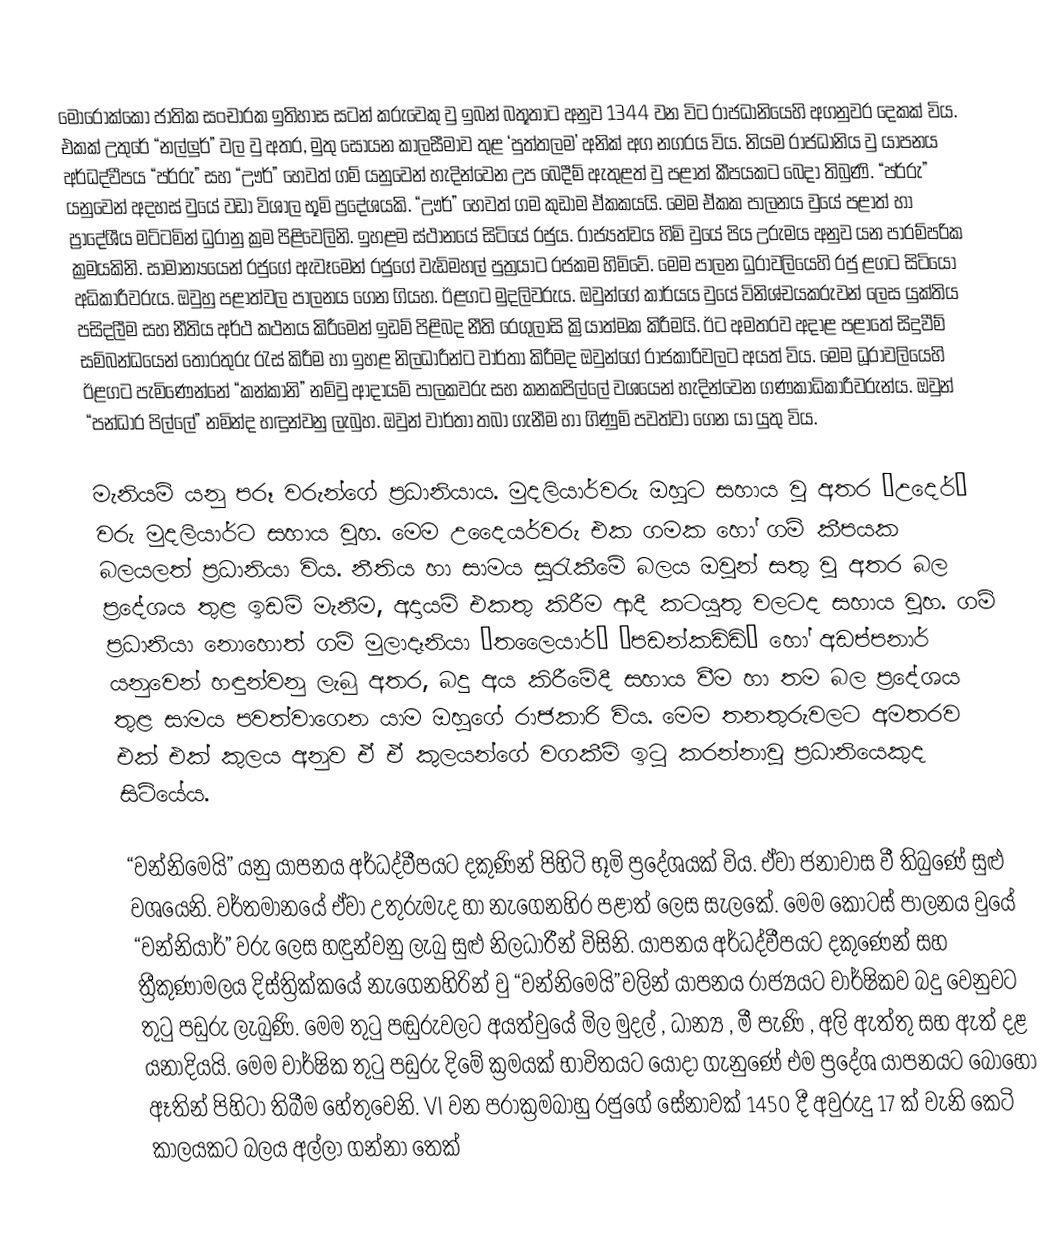
මොරොක්කෝ ජාතික සංචාරක ඉතිහාස සටන් කරුවෙකු වු ඉබන් බතූතාට අනුව 1344 වන විට රාජධානියෙහි අගනුවර දෙකක් විය. එකක් උතුරේ “නල්ලුර්” වල වු අතර, මුතු සොයන කාලසීමාව තුළ ‘පුත්තලම’ අනික් අග නගරය විය. නියම රාජධානිය වු යාපනය අර්ධද්වීපය “පර්රු” සහ “ඌර්” හෙවත් ගම් යනුවෙන් හැදින්වෙන උප බෙදීම් ඇතුළත් වු පළාත් කීපයකට බෙදා තිබුණි. “පර්රු” යනුවෙන් අදහස් වුයේ වඩා විශාල භූමි ප්‍රදේශයකි. “ඌර්” හෙවත් ගම කුඩාම ඒකකයයි. මෙම ඒකක පාලනය වුයේ පළාත් හා ප්‍රාදේශීය මට්ටමින් ධුරානු ක්‍රම පිළිවෙලිනි. ඉහළම ස්ථානයේ සිටියේ රජුය. රාජ්‍යත්වය හිමි වුයේ පිය උරුමය අනුව යන පාරම්පරික ක්‍රමයකිනි. සාමාන්‍යයෙන් රජුගේ ඇවෑමෙන් රජුගේ වැඩිමහල් පුත්‍රයාට රජකම හිමිවේ. මෙම පාලන ධුරාවලියෙහි රජු ළගට සිටියෝ අධිකාරීවරුය. ඔවුහු පළාත්වල පාලනය ගෙන ගියහ. ඊළගට මුදලිවරුය. ඔවුන්ගේ කාර්යය වුයේ විනිශ්චයකරුවන් ලෙස යුක්තිය පසිදලීම සහ නීතිය අර්ථ කථනය කිරීමෙන් ඉඩම් පිළිබද නීති රෙගුලාසි ක්‍රියාත්මක කිරීමයි. ඊට අමතරව අදාළ පළාතේ සිදුවීම් සම්බන්ධයෙන් තොරතුරු රැස් කිරීම හා ඉහළ නිලධාරීන්ට වාර්තා කිරීමද ඔවුන්ගේ රාජකාරිවලට අයත් විය. මෙම ධූරාවලියෙහි ඊළගට පැමිණෙන්නේ “කන්කානි” නම්වු ආදායම් පාලකවරු සහ කනකපිල්ලේ වශයෙන් හැදින්වෙන ගණකාධිකාරීවරුන්ය. ඔවුන් “පන්ධාර පිල්ලේ” නමින්ද හඳුන්වනු ලැබුහ. ඔවුන් වාර්තා තබා ගැනීම හා ගිණුම් පවත්වා ගෙන යා යුතු විය.

මැනියම් යනු පරූ වරුන්ගේ ප්‍රධානියාය. මුදලියාර්වරු ඔහුට සහාය වු අතර “උදෙර්” වරු මුදලියාර්ට සහාය වුහ. මෙම උදෛයර්වරු එක ගමක හෝ ගම් කීපයක බලයලත් ප්‍රධානියා විය. නීතිය හා සාමය සුරැකීමේ බලය ඔවුන් සතු වු අතර බල ප්‍රදේශය තුළ ඉඩම් මැනීම, අදායම් එකතු කිරීම ආදී කටයුතු වලටද සහාය වුහ. ගම් ප්‍රධානියා නොහොත් ගම් මුලාදෑනියා “තලෛයාර්” “පඩන්කඩ්ඩි” හෝ අඩප්පනාර් යනුවෙන් හඳුන්වනු ලැබු අතර, බදු අය කිරීමේදී සහාය වීම හා තම බල ප්‍රදේශය තුළ සාමය පවත්වාගෙන යාම ඔහුගේ රාජකාරි විය. මෙම තනතුරුවලට අමතරව එක් එක් කුලය අනුව ඒ ඒ කුලයන්ගේ වගකීම් ඉටු කරන්නාවු ප්‍රධානියෙකුද සිටියේය.

“වන්නිමෙයි” යනු යාපනය අර්ධද්වීපයට දකුණින් පිහිටි භූමි ප්‍රදේශයක් විය. ඒවා ජනාවාස වී තිබුණේ සුළු වශයෙනි. වර්තමානයේ ඒවා උතුරුමැද හා නැගෙනහිර පළාත් ලෙස සැලකේ. මෙම කොටස් පාලනය වුයේ “වන්නියාර්” වරු ලෙස හඳුන්වනු ලැබු සුළු නිලධාරීන් විසිනි. යාපනය අර්ධද්වීපයට දකුණෙන් සහ ත්‍රීකුණාමලය දිස්ත්‍රික්කයේ නැගෙනහිරින් වු “වන්නිමෙයි”වලින් යාපනය රාජ්‍යයට වාර්ෂිකව බදු වෙනුවට තුටු පඩුරු ලැබුණි. මෙම තුටු පඬුරුවලට අයත්වුයේ මිල මුදල් , ධාන්‍ය , මී පැණි , අලි ඇත්තු සහ ඇත් දළ යනාදියයි. මෙම වාර්ෂික තුටු පඩුරු දිමේ ක්‍රමයක් භාවිතයට යොදා ගැනුණේ එම ප්‍රදේශ යාපනයට බොහෝ ඈතින් පිහිටා තිබීම හේතුවෙනි. VI වන පරාක්‍රමබාහු රජුගේ සේනාවක් 1450 දී අවුරුදු 17 ක් වැනි කෙටි කාලයකට බලය අල්ලා ගන්නා තෙක්